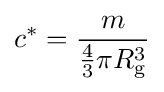
c^{*}={\frac {m}{{\frac {4}{3}}\pi R_{\text{g}}^{3}}}